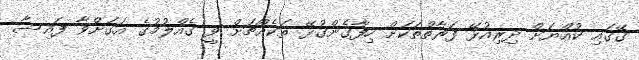
ގޭގައި ކުއްޔަށް ދިރިއުޅޭ ފަރާތްތަކަށް ހިފާގެންގުޅޭ ތަކެއްޗަށް ވީ ގެއްލުމުގެ އަގަށްވާ ފައިސާ